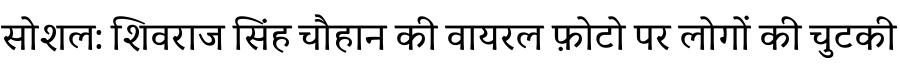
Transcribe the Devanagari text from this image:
सोशल: शिवराज सिंह चौहान की वायरल फ़ोटो पर लोगों की चुटकी